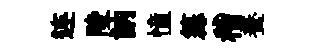
连陵訥憧篝稽養